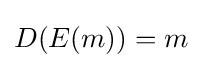
D(E(m))=m